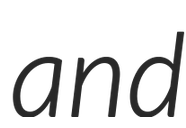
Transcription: and